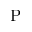
\mathrm { P }